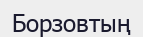
Борзовтың